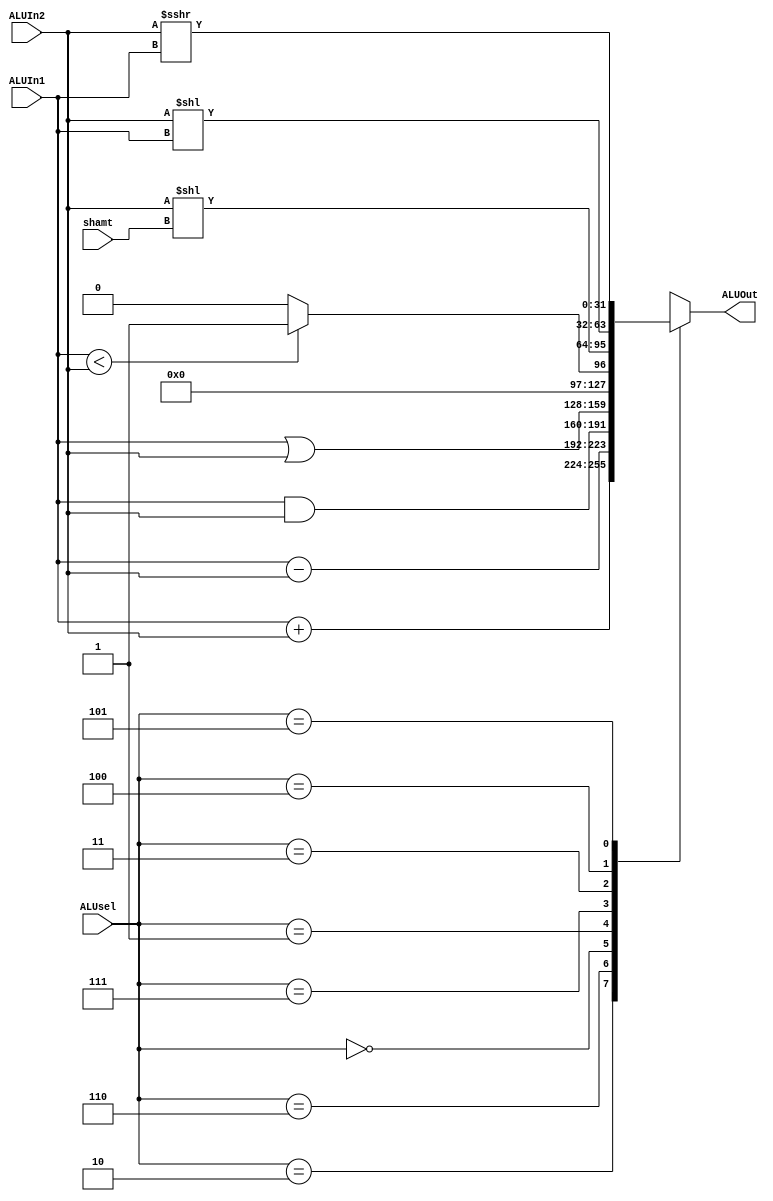
`timescale 1ns / 1ps
//////////////////////////////////////////////////////////////////////////////////
// Company: 
// Engineer: 
// 
// Design Name: 
// Module Name: ALU
// Project Name: 
// Target Devices: 
// Tool Versions: 
// Description: 
// 
// Dependencies: 
// 
// Revision:
// Revision 0.01 - File Created
// Additional Comments:
// 
//////////////////////////////////////////////////////////////////////////////////


//MAIN ALU
module ALU #(parameter wid=32, mode_wid=3, sh_wid=5)
(input[mode_wid-1:0] ALUsel, input[sh_wid-1:0] shamt, input signed[wid-1:0] ALUIn1, ALUIn2,
    output reg signed[wid-1:0] ALUOut);

    always @(*) begin
        case (ALUsel)
            3'b010: ALUOut = ALUIn1 + ALUIn2; //addition
            3'b110: ALUOut = ALUIn1 - ALUIn2; //subtraction
            3'b000: ALUOut = ALUIn1 & ALUIn2; //and
            3'b001: ALUOut = ALUIn1 | ALUIn2; //or
            3'b111: ALUOut = (ALUIn1 < ALUIn2)? 1:0; //SLT comparison
            3'b011: ALUOut = ALUIn2 << shamt; //shift left logical
            3'b100: ALUOut = ALUIn2 << ALUIn1; //shift left logical variable
            3'b101: ALUOut = ALUIn2 >>> ALUIn1; //shift right arith variable
        endcase
    end
endmodule